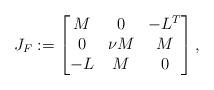
LaTeX: \begin{align*}J_F := \begin{bmatrix}M & 0 & -L^T \\ 0 & \nu M & M \\- L & M & 0 \end{bmatrix} ,\end{align*}